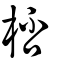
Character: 桮